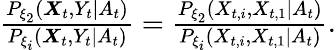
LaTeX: \begin{array}{r}{\frac{P_{\xi_{2}}(\boldsymbol{X}_{t},Y_{t}\mid A_{t})}{P_{\xi_{i}}(\boldsymbol{X}_{t},Y_{t}\mid A_{t})}=\frac{P_{\xi_{2}}(X_{t,i},X_{t,1}\mid A_{t})}{P_{\xi_{i}}(X_{t,i},X_{t,1}\mid A_{t})}.}\end{array}